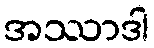
အဿာဒါ